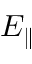
E _ { \parallel }